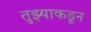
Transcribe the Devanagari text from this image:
तुझ्याकडून